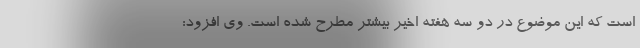
است که این موضوع در دو سه هفته اخیر بیشتر مطرح شده است. وی افزود: